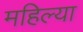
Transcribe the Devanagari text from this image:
महिल्या